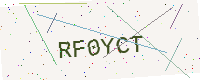
Text: RF0YCT